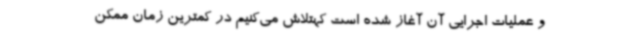
و عملیات اجرایی آن آغاز شده است کهتلاش می‌کنیم در کمترین زمان ممکن